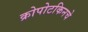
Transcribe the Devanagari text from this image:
क्रोपोटकिनचे